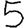
Digit: 5